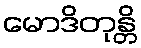
မောဒိတုန္တိ